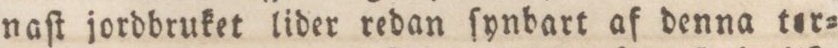
naſt jordbruket lider redan ſynbart af denna ter=